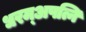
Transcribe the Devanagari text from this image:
धरम्अपत्नि